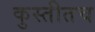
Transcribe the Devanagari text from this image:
कुस्तीतच